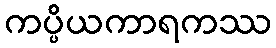
ကပ္ပိယကာရကဿ